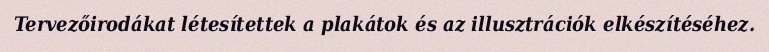
Tervezőirodákat létesítettek a plakátok és az illusztrációk elkészítéséhez.